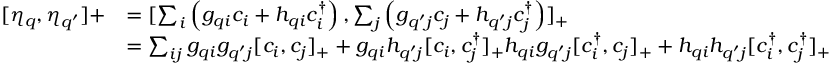
\begin{array} { r l } { [ \eta _ { q } , \eta _ { q ^ { \prime } } ] + } & { = [ \sum _ { i } \left( g _ { q i } c _ { i } + h _ { q i } c _ { i } ^ { \dagger } \right) , \sum _ { j } \left( g _ { q ^ { \prime } j } c _ { j } + h _ { q ^ { \prime } j } c _ { j } ^ { \dagger } \right) ] _ { + } } \\ & { = \sum _ { i j } g _ { q i } g _ { q ^ { \prime } j } [ c _ { i } , c _ { j } ] _ { + } + g _ { q i } h _ { q ^ { \prime } j } [ c _ { i } , c _ { j } ^ { \dagger } ] _ { + } h _ { q i } g _ { q ^ { \prime } j } [ c _ { i } ^ { \dagger } , c _ { j } ] _ { + } + h _ { q i } h _ { q ^ { \prime } j } [ c _ { i } ^ { \dagger } , c _ { j } ^ { \dagger } ] _ { + } } \end{array}